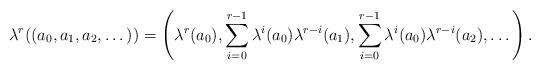
LaTeX: \begin{align*} \lambda^r((a_0,a_1,a_2,\dots)) = \left(\lambda^r(a_0), \sum_{i=0}^{r-1}\lambda^i(a_0)\lambda^{r-i}(a_1), \sum_{i=0}^{r-1}\lambda^i(a_0)\lambda^{r-i}(a_2), \dots \right).\end{align*}